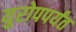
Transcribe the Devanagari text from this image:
युरोपपर्यंत